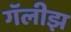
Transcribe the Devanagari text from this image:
गॅलीझ